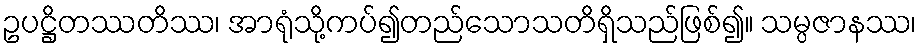
ဥပဋ္ဌိတဿတိဿ၊ အာရုံသို့ကပ်၍တည်သောသတိရှိသည်ဖြစ်၍။ သမ္ပဇာနဿ၊